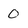
Character: 0